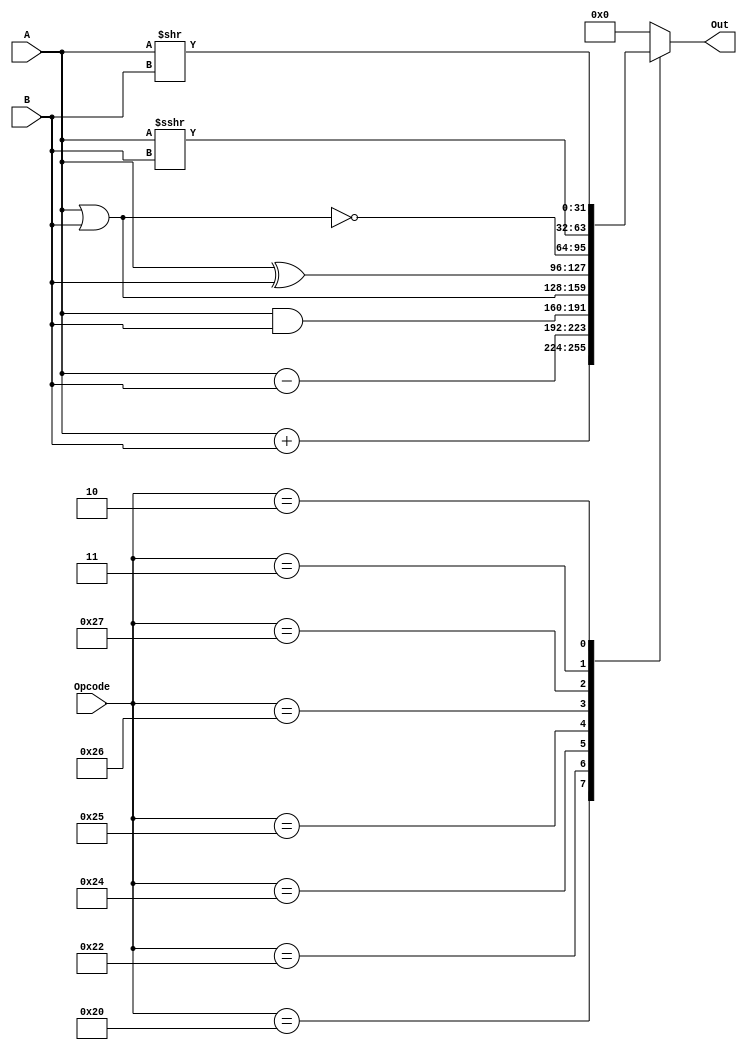
`timescale 1ns / 1ps

module ALU 
	#(parameter bus=32)
	(input signed [bus-1:0]A, input signed [bus-1:0]B,input [7:0]Opcode,
	output reg[bus-1:0]Out);
	always@(*)
	begin
		case (Opcode)
			8'b00100000: Out=A+B; //ADD
			8'b00100010: Out=A-B; //SUB
			8'b00100100: Out=A&B; //AND
			8'b00100101: Out=A|B; //OR
			8'b00100110: Out=A^B; //XOR
			8'b00100111: Out=~(A|B); //NOR
			8'b00000011: Out=A>>>B; //SRA
			8'b00000010: Out=A>>B; //SRL
			default: Out= 0;
		endcase
	end

endmodule